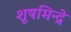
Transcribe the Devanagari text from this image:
शूषमिन्द्रे